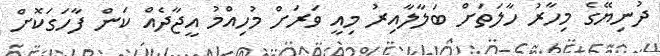
ދުނިޔޭގެ މިހާރު ހާލަތަށް ބަލާލާއިރު މިއީ ވަރަށް މުހިއްމު އީޖާދެއް ކަން ފާހަގަކޮށް